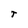
Character: T